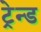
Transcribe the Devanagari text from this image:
ट्रेन्ड